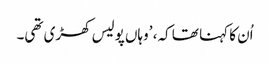
اُن کا کہنا تھا کہ، ’وہاں پولیس کھڑی تھی۔